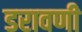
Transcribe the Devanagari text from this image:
डरावणी